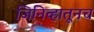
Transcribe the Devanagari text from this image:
जिनिव्हातूनच